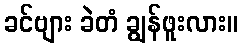
ခင်ဗျား ခဲတံ ချွန်ဖူးလား။